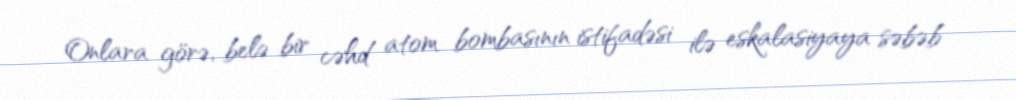
Onlara görə, belə bir cəhd atom bombasının istifadəsi ilə eskalasiyaya səbəb